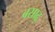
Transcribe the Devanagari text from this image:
बसाढ़